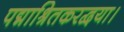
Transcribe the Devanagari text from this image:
पद्माश्रितकरद्वया।